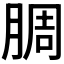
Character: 𬛅